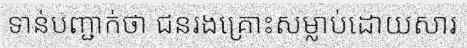
ទាន់បញ្ជាក់ថា ជនរងគ្រោះសម្លាប់ដោយសារ